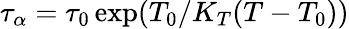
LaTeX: \tau_{\alpha}=\tau_{0}\exp(T_{0}/K_{T}(T-T_{0}))